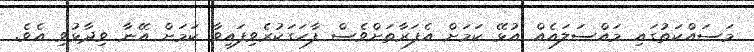
މަސައްކަތުގައި މައްސަލައެއް އުޅޭ ކަމަށް އެފަރާތަށްވެސް ފާހަގަކުރެވިފައިވާ ކަމަށް އޭނާ ވިދާޅުވި އެވެ.